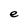
Character: e